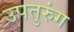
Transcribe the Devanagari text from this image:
उपतुरुंग